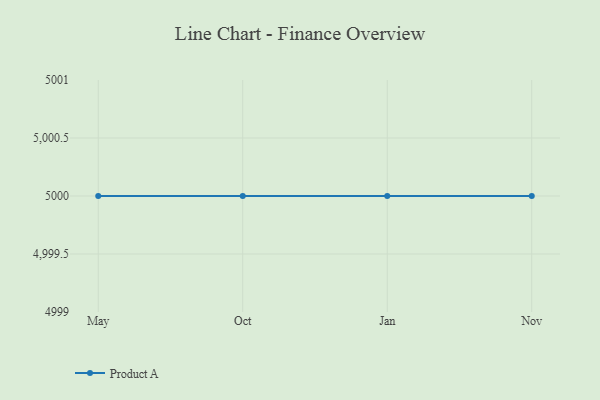
{"axis": {"x": "Month", "y": "Humidity (%)"}, "legend": ["Product A"], "data": [{"x": "May", "y": 5000, "type": "Product A"}, {"x": "Oct", "y": 5000, "type": "Product A"}, {"x": "Jan", "y": 5000, "type": "Product A"}, {"x": "Nov", "y": 5000, "type": "Product A"}]}